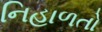
નિહાળતો